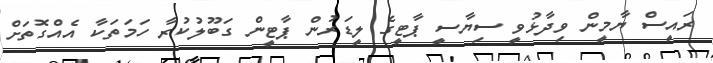
ރައީސް ޔާމީން ވިދާޅުވީ ސިޔާސީ ޕާޓީގެ ލީޑަރުން ޕާޓީން ގަބޫލުކުރާ ހަމަތަކާ އެއްގޮތަށް